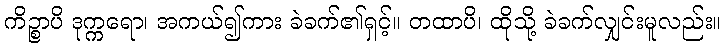
ကိဉ္စာပိ ဒုက္ကရော၊ အကယ်၍ကား ခဲခက်၏ရှင့်။ တထာပိ၊ ထိုသို့ ခဲခက်လျှင်းမူလည်း။